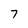
Character: 7